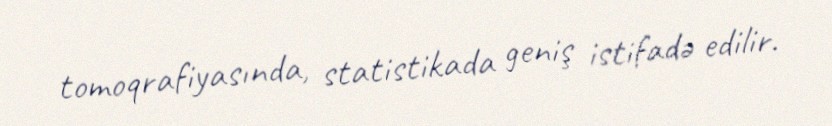
tomoqrafiyasında, statistikada geniş istifadə edilir.